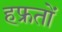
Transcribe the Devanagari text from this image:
हफ्रतों